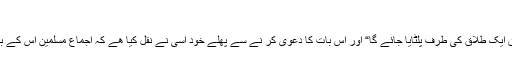
“
(۰)” تین طلاق ایک طلاق کی طرف پلٹایا جائے گا“ اور اس بات کا دعویٰ کر نے سے پھلے خود اسی نے نقل کیا ھے کہ اجماع مسلمین اس کے بر خلاف ھے ۔